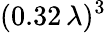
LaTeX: (0.32\, \lambda)^{3}